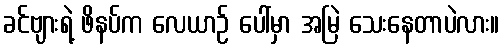
ခင်ဗျားရဲ့ ဖိနပ်က လေယာဉ် ပေါ်မှာ အမြဲ သေးနေတာပဲလား။